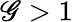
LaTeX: \mathscr{G}>1